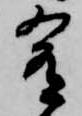
肴